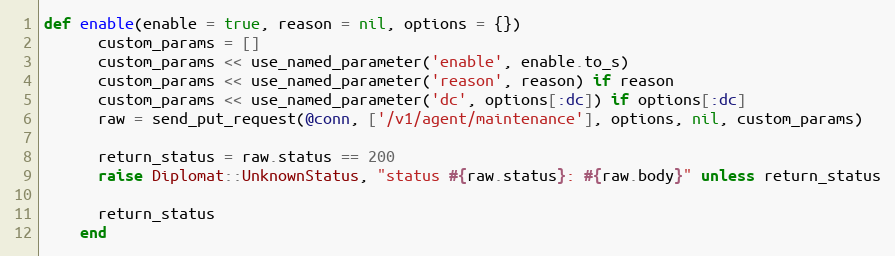
Language: Ruby
def enable(enable = true, reason = nil, options = {})
      custom_params = []
      custom_params << use_named_parameter('enable', enable.to_s)
      custom_params << use_named_parameter('reason', reason) if reason
      custom_params << use_named_parameter('dc', options[:dc]) if options[:dc]
      raw = send_put_request(@conn, ['/v1/agent/maintenance'], options, nil, custom_params)

      return_status = raw.status == 200
      raise Diplomat::UnknownStatus, "status #{raw.status}: #{raw.body}" unless return_status

      return_status
    end